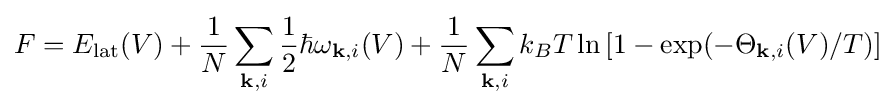
F=E_{\rm {lat}}(V)+{\frac {1}{N}}\sum _{\mathbf {k} ,i}{\frac {1}{2}}\hbar \omega _{\mathbf {k} ,i}(V)+{\frac {1}{N}}\sum _{\mathbf {k} ,i}k_{B}T\ln \left[1-\exp(-\Theta _{\mathbf {k} ,i}(V)/T)\right]